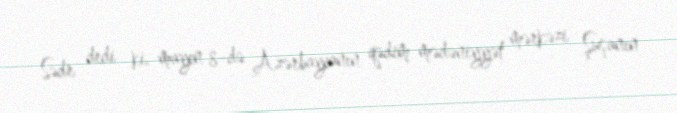
Sədr dedi ki, mayın 8-də Azərbaycanın qədim mədəniyyət mərkəzi Şuşanın